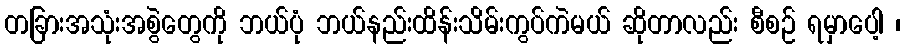
တခြားအသုံးအစွဲတွေကို ဘယ်ပုံ ဘယ်နည်းထိန်းသိမ်းကွပ်ကဲမယ် ဆိုတာလည်း စီစဉ် ရမှာပေါ့ ၊